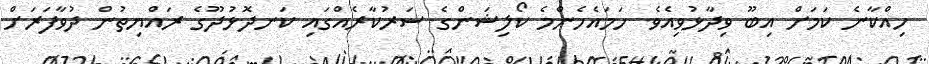
ހިއްކާނެ ކަމަށް އިބޫ ވިދާޅުވިއެވެ. ހަމައެހެންމެ ކޯލިޝަންގެ ސަރުކާރެއްގައި ކަނދޮޅުދޫގެ ރައްޔިތުން ދުވާފަރަށް